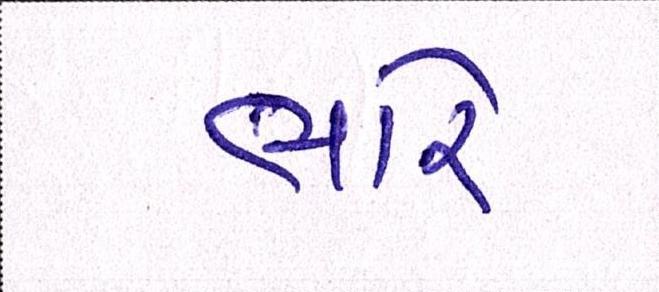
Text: ભારે